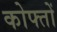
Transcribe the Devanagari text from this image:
कोफ्तों